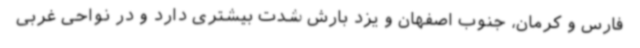
فارس و کرمان، جنوب اصفهان و یزد بارش شدت بیشتری دارد و در نواحی غربی